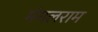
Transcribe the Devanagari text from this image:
मंगलराम